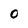
Character: O